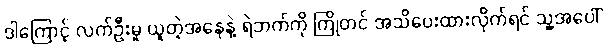
ဒါကြောင့် လက်ဦးမှု ယူတဲ့အနေနဲ့ ရဲဘက်ကို ကြိုတင် အသိပေးထားလိုက်ရင် သူ့အပေါ်